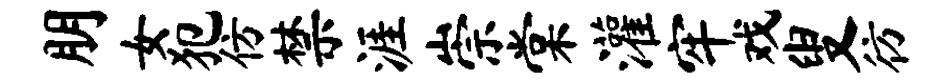
朋女犯仿禁涯崇棠灌牢戏叟彷